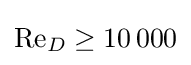
\mathrm {Re} _{D}\geq 10\,000